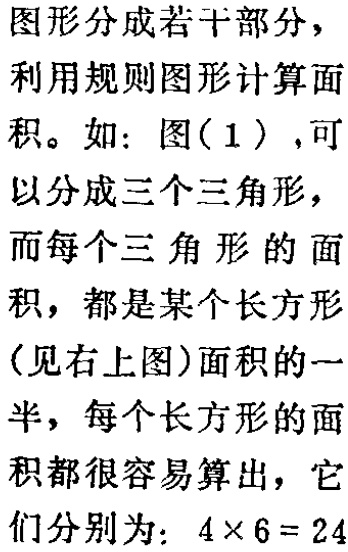
图形分成若干部分，

利用规则图形计算面

积。如：图(1)，可

以分成三个三角形，

而每个三角形的面

积，都是某个长方形

(见右上图)面积的一

半，每个长方形的面

积都很容易算出，它

们分别为：\(4\times 6 = 24\)